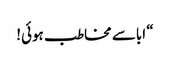
“ اباسے مخاطب ہوئی!